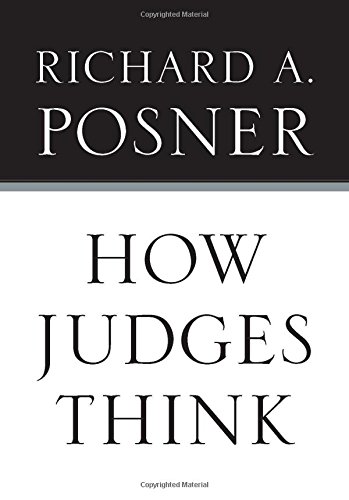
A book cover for How Judges Think (Pims - Polity Immigration and Society Series); Richard A. Posner; Law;